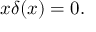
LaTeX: x \delta ( x ) = 0 .